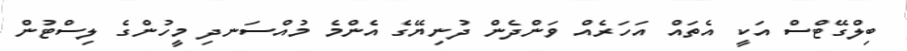
ބިލްގޭޓްސް އަކީ އެތައް އަހަރެއް ވަންދެން ދުނިޔޭގެ އެންމެ މުއްސަނދި މީހުންގެ ލިސްޓުން